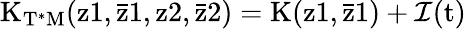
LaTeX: \mathrm{K_{T^{*}M}(z1,\bar{z}1,z2,\bar{z}2)=K(z1,\bar{z}1)+{\cal{I}}(t)}